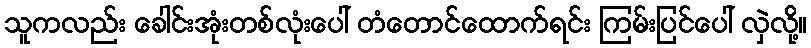
သူကလည်း ခေါင်းအုံးတစ်လုံးပေါ် တံတောင်ထောက်ရင်း ကြမ်းပြင်ပေါ် လှဲလို့။